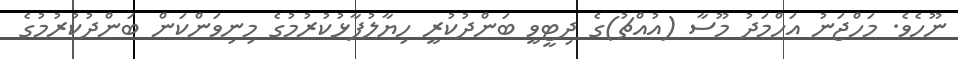
ނޫހެވެ. މަހްޖަނު އަހްމަދު މޫސާ (އުއްޗު)ގެ ދިޓީވީ ބަންދުކުރީ ހިޔާލުފާޅުކުރުމުގެ މިނިވަންކަން ބަންދުކުރުމުގެ